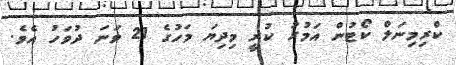
ކްރިމިނަލް ކޯޓުން އަމުރު ކުރީ މިދިޔަ މަހުގެ 21 ވަނަ ދުވަހު އެވެ.